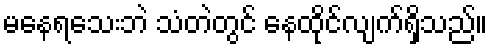
မနေရသေးဘဲ သံတဲတွင် နေထိုင်လျက်ရှိသည်။